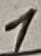
Text: 1